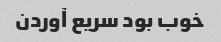
خوب بود سریع آوردن